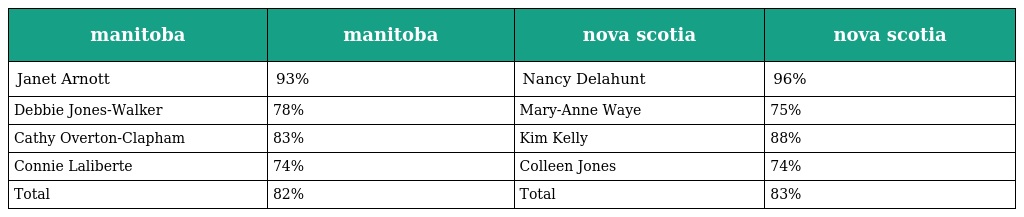
| manitoba | manitoba | nova scotia | nova scotia |
 | --- | --- | --- | --- |
 | Janet Arnott | 93% | Nancy Delahunt | 96% |
 | Debbie Jones-Walker | 78% | Mary-Anne Waye | 75% |
 | Cathy Overton-Clapham | 83% | Kim Kelly | 88% |
 | Connie Laliberte | 74% | Colleen Jones | 74% |
 | Total | 82% | Total | 83% |